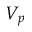
V _ { p }